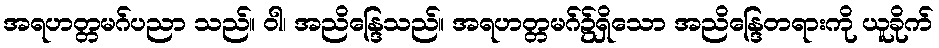
အရဟတ္တမဂ်ပညာ သည်။ ဝါ၊ အညိန္ဒြေသည်။ အရဟတ္တမဂ်၌ရှိသော အညိန္ဒြေတရားကို ယူခိုက်